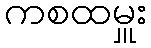
ကစထမှူး